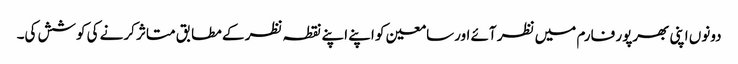
دونوں اپنی بھرپور فارم میں نظر آئے اورسامعین کو اپنے اپنے نقطہ نظر کے مطابق متاثر کرنے کی کوشش کی۔